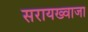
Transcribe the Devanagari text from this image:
सरायख्वाजा